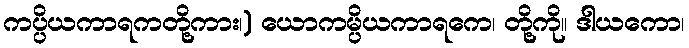
ကပ္ပိယကာရကတို့ကား၊) ယောကမ္ပိယကာရကေ၊ တို့ကို။ ဒါယကော၊